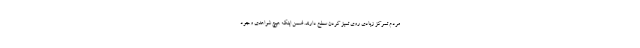
مردم تمرکز زیادی روی تمیز کردن سطح دارند. ضمن اینکه هیچ شواهدی وجود